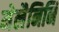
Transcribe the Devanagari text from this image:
मेलैनिनि